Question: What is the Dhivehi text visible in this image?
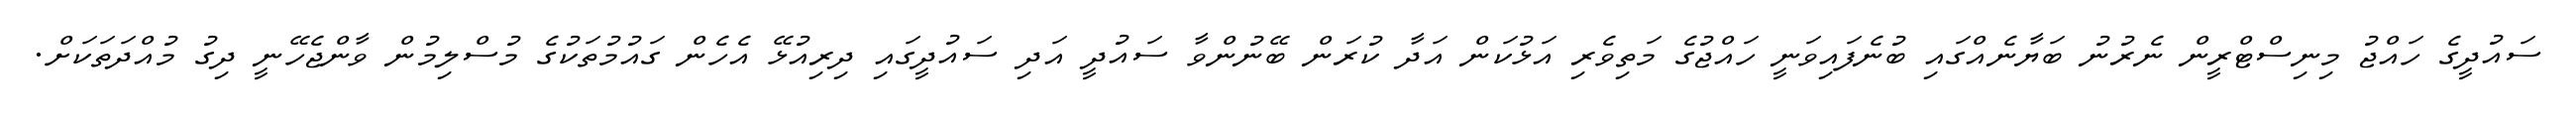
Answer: ސައުދީގެ ހައްޖު މިނިސްޓްރީން ނެރުނު ބަޔާނެއްގައި ބުނެފައިވަނީ ހައްޖުގެ މަތިވެރި އަޅުކަން އަދާ ކުރަން ބޭނުންވާ ސައުދީ އަދި ސައުދީގައި ދިރިއުޅޭ އެހެން ގައުމުތަކުގެ މުސްލިމުން ވާންޖެހޭނީ ދިގު މުއްދަތަކަށް.